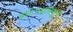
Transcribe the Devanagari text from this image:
बाटल्यांमधून